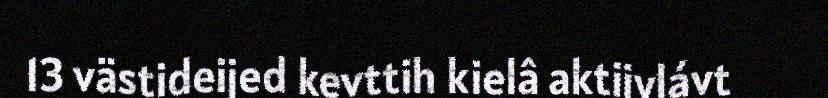
13 västideijed kevttih kielâ aktiivlávt